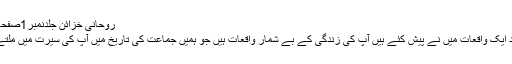
روحانی خزائن جلدنمبر1صفحہ70)
یہ چند ایک واقعات مَیں نے پیش کئے ہیں آپؑ کی زندگی کے بے شمار واقعات ہیں جو ہمیں جماعت کی تاریخ میں آپؑ کی سیرت میں ملتے ہیں۔